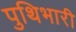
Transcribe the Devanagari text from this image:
पुथिभारी